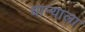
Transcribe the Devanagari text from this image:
धान्याला